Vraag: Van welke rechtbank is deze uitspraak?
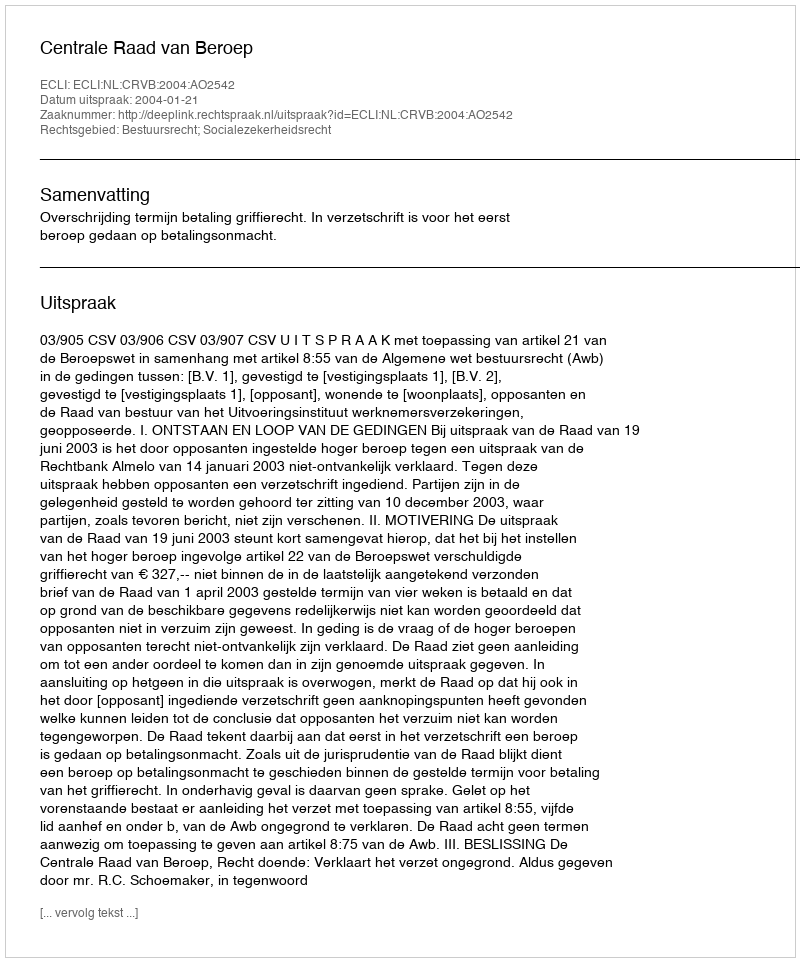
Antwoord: Centrale Raad van Beroep